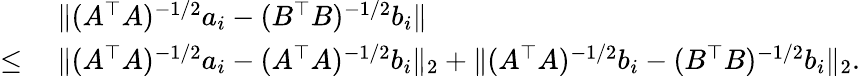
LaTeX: \begin{array}{rl}&{~\| (A^{\top}A)^{-1/2}a_{i}-(B^{\top}B)^{-1/2}b_{i}\| }\\ {\leq}&{~\| (A^{\top}A)^{-1/2}a_{i}-(A^{\top}A)^{-1/2}b_{i}\| _{2}+\| (A^{\top}A)^{-1/2}b_{i}-(B^{\top}B)^{-1/2}b_{i}\| _{2}.}\end{array}